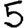
Digit: 5